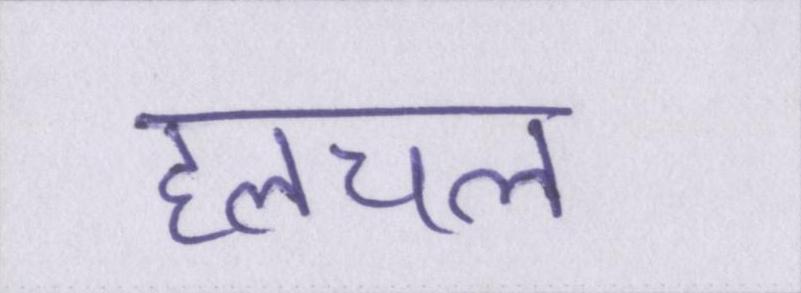
हलचल